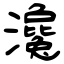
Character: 瀺